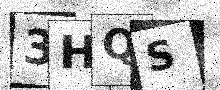
Text: 3HQS